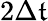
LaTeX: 2\Delta\mathfrak{t}